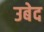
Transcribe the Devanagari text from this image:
उबेद